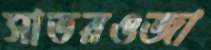
সাতরওজা